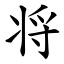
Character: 将